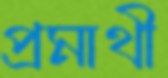
প্রমাথী